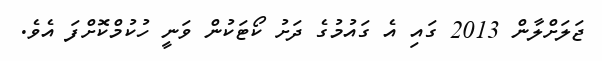
ޖަލަށްލާން 2013 ގައި އެ ގައުމުގެ ދަށު ކޯޓަކުން ވަނީ ހުކުމްކޮށްފަ އެވެ.